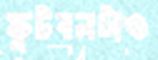
ফুটবলটাও